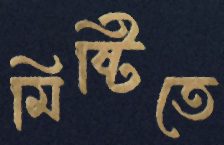
মিষ্টিতে